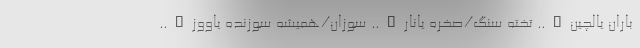
باران یالچین….. تخته سنگ/صخره یانار….. سوزان/همیشه سوزنده یاووز…..